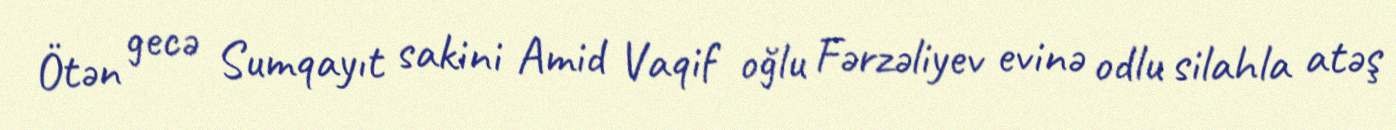
Ötən gecə Sumqayıt sakini Amid Vaqif oğlu Fərzəliyev evinə odlu silahla atəş